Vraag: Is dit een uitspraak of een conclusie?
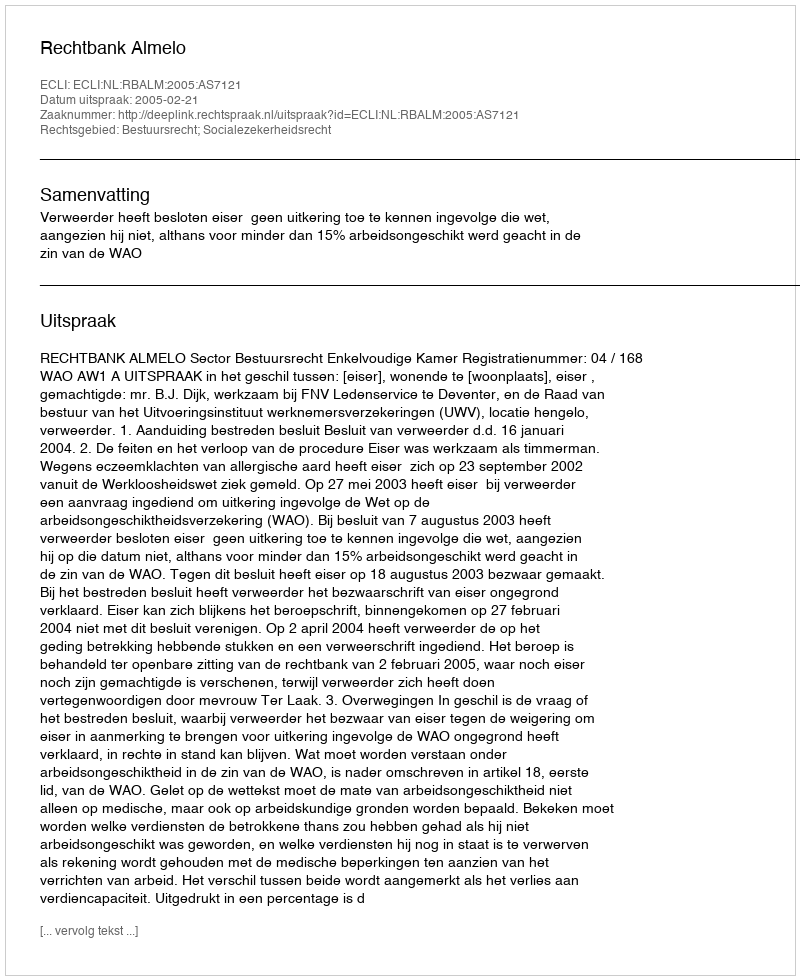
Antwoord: Uitspraak